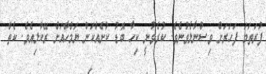
ފުރަތަަމަ ފަހަރަށް ވިސްނާލެވުނެވެ. ކުރެވުނީ ކިހާ ބޮޑު ކުށެއްކަން ޔަމްހާއަށް ރޭކާލިއެވެ. ކެތް